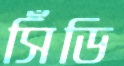
সিঁডি